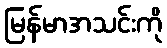
မြန်မာအသင်းကို